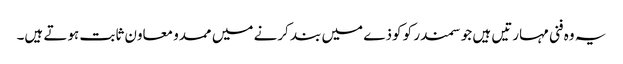
یہ وہ فنی مہارتیں ہیں جو سمندر کو کوذے میں بند کرنے میں ممدو معاون ثابت ہوتے ہیں۔